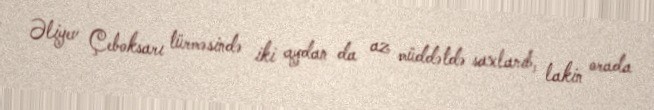
Əliyev Çeboksarı türməsində iki aydan da az müddətdə saxlanıb, lakin orada